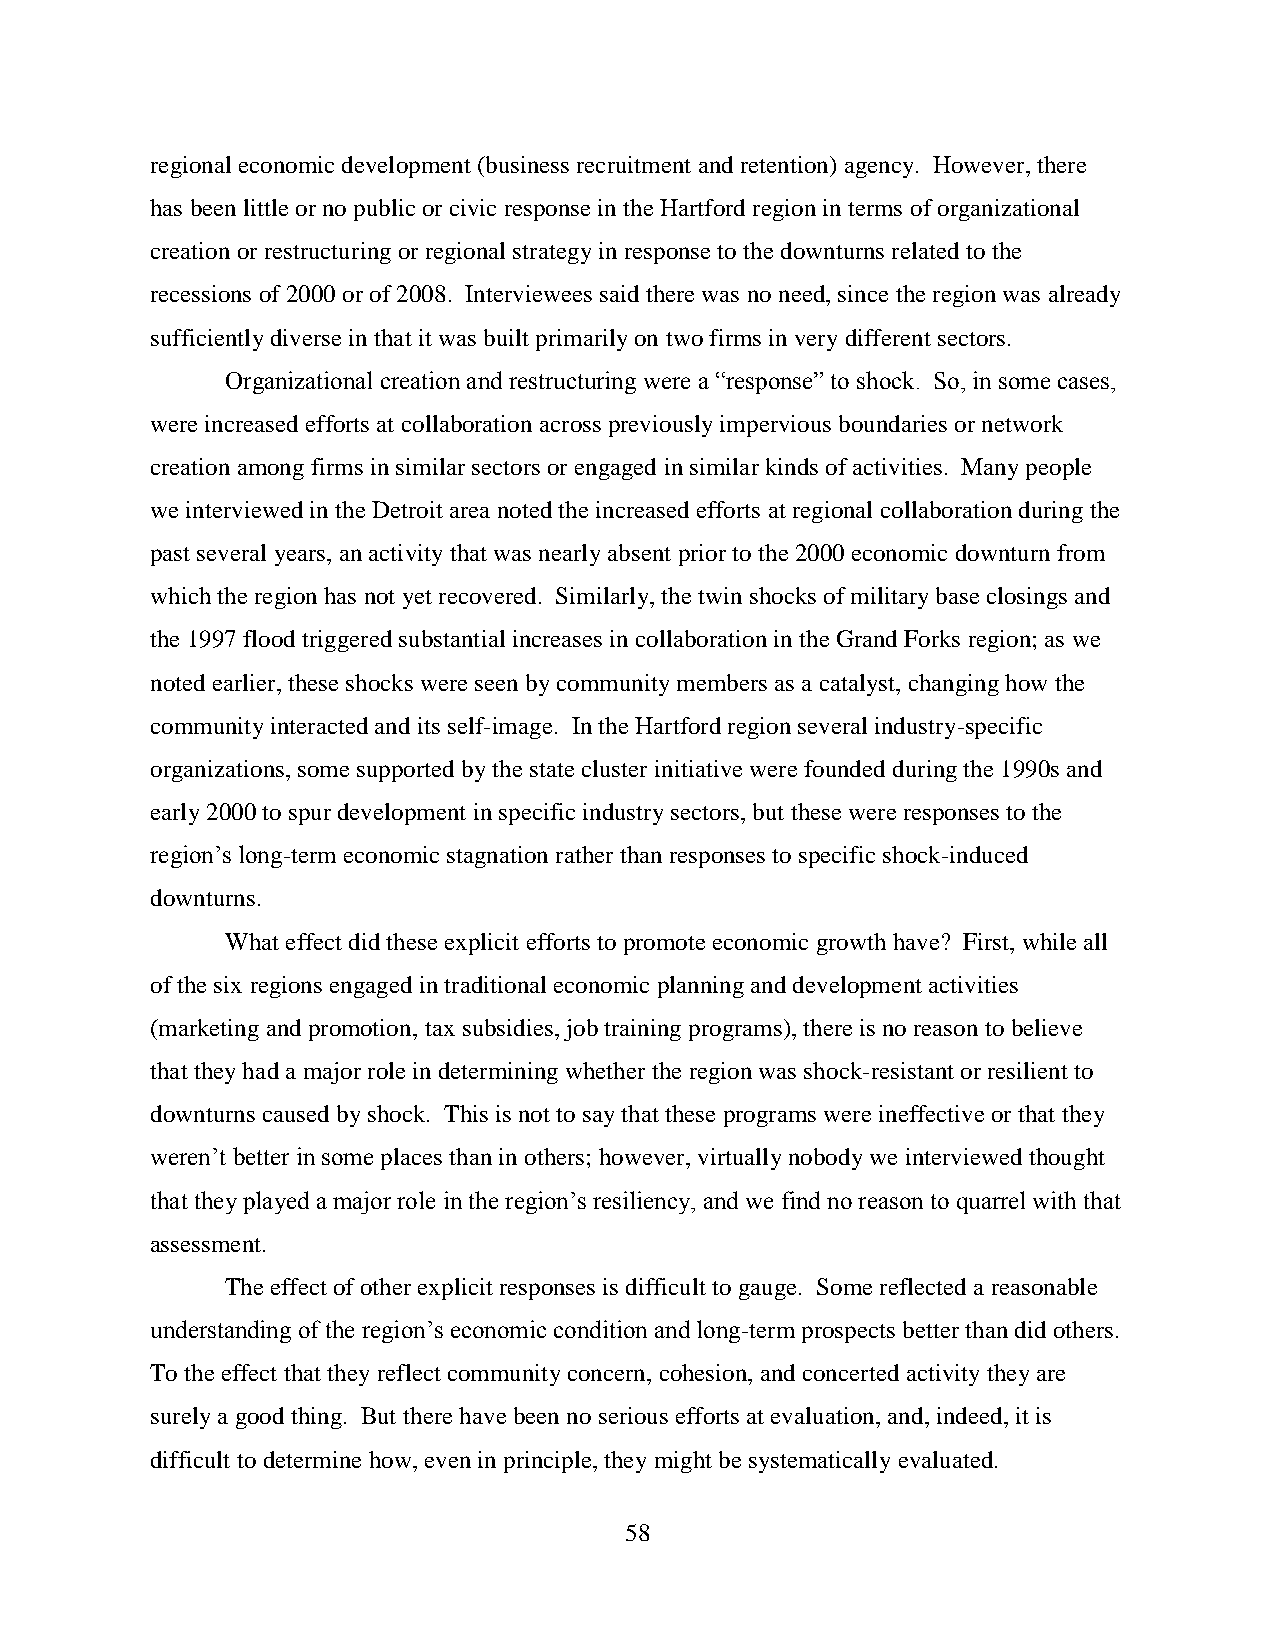
regional economic development (business recruitment and retention) agency. However, there
 has been little or no public or civic response in the Hartford region in terms of organizational
 creation or restructuring or regional strategy in response to the downturns related to the
 recessions of 2000 or of 2008. Interviewees said there was no need, since the region was already
 sufficiently diverse in that it was built primarily on two firms in very different sectors.
 Organizational creation and restructuring were a “response” to shock. So, in some cases,
 were increased efforts at collaboration across previously impervious boundaries or network
 creation among firms in similar sectors or engaged in similar kinds of activities. Many people
 we interviewed in the Detroit area noted the increased efforts at regional collaboration during the
 past several years, an activity that was nearly absent prior to the 2000 economic downturn from
 which the region has not yet recovered. Similarly, the twin shocks of military base closings and
 the 1997 flood triggered substantial increases in collaboration in the Grand Forks region; as we
 noted earlier, these shocks were seen by community members as a catalyst, changing how the
 community interacted and its self-image. In the Hartford region several industry-specific
 organizations, some supported by the state cluster initiative were founded during the 1990s and
 early 2000 to spur development in specific industry sectors, but these were responses to the
 region’s long-term economic stagnation rather than responses to specific shock-induced
 downturns.
 What effect did these explicit efforts to promote economic growth have? First, while all
 of the six regions engaged in traditional economic planning and development activities
 (marketing and promotion, tax subsidies, job training programs), there is no reason to believe
 that they had a major role in determining whether the region was shock-resistant or resilient to
 downturns caused by shock. This is not to say that these programs were ineffective or that they
 weren’t better in some places than in others; however, virtually nobody we interviewed thought
 that they played a major role in the region’s resiliency, and we find no reason to quarrel with that
 assessment.
 The effect of other explicit responses is difficult to gauge. Some reflected a reasonable
 understanding of the region’s economic condition and long-term prospects better than did others.
 To the effect that they reflect community concern, cohesion, and concerted activity they are
 surely a good thing. But there have been no serious efforts at evaluation, and, indeed, it is
 difficult to determine how, even in principle, they might be systematically evaluated.
 58